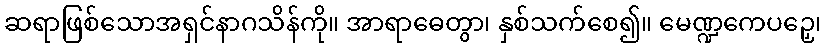
ဆရာဖြစ်သောအရှင်နာဂသိန်ကို။ အာရာဓေတွာ၊ နှစ်သက်စေ၍။ မေဏ္ဍကေပဉှေ၊